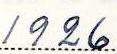
1926